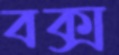
বক্স